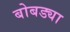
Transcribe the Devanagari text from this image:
बोबड्या